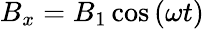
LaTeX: B_{x}=B_{1}\cos\left(\omega t\right)